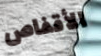
الأقفاص